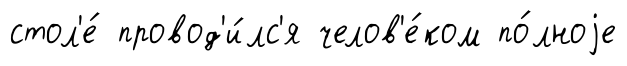
стол'е́ провод'и́лс'я челов'е́ком по́лноjе